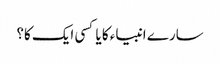
سارے انبیاء کا یا کسی ایک کا؟